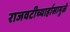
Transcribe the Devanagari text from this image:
राजवटीच्यार्हासामुळे